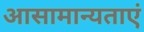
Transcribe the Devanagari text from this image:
आसामान्यताएं